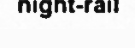
night-rail